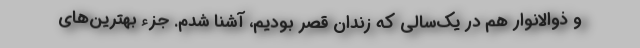
و ذوالانوار هم در یك‌سالی كه زندان قصر بودیم، آشنا شدم. جزء بهترین‌های